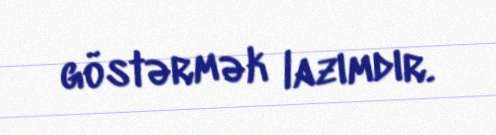
göstərmək lazımdır.